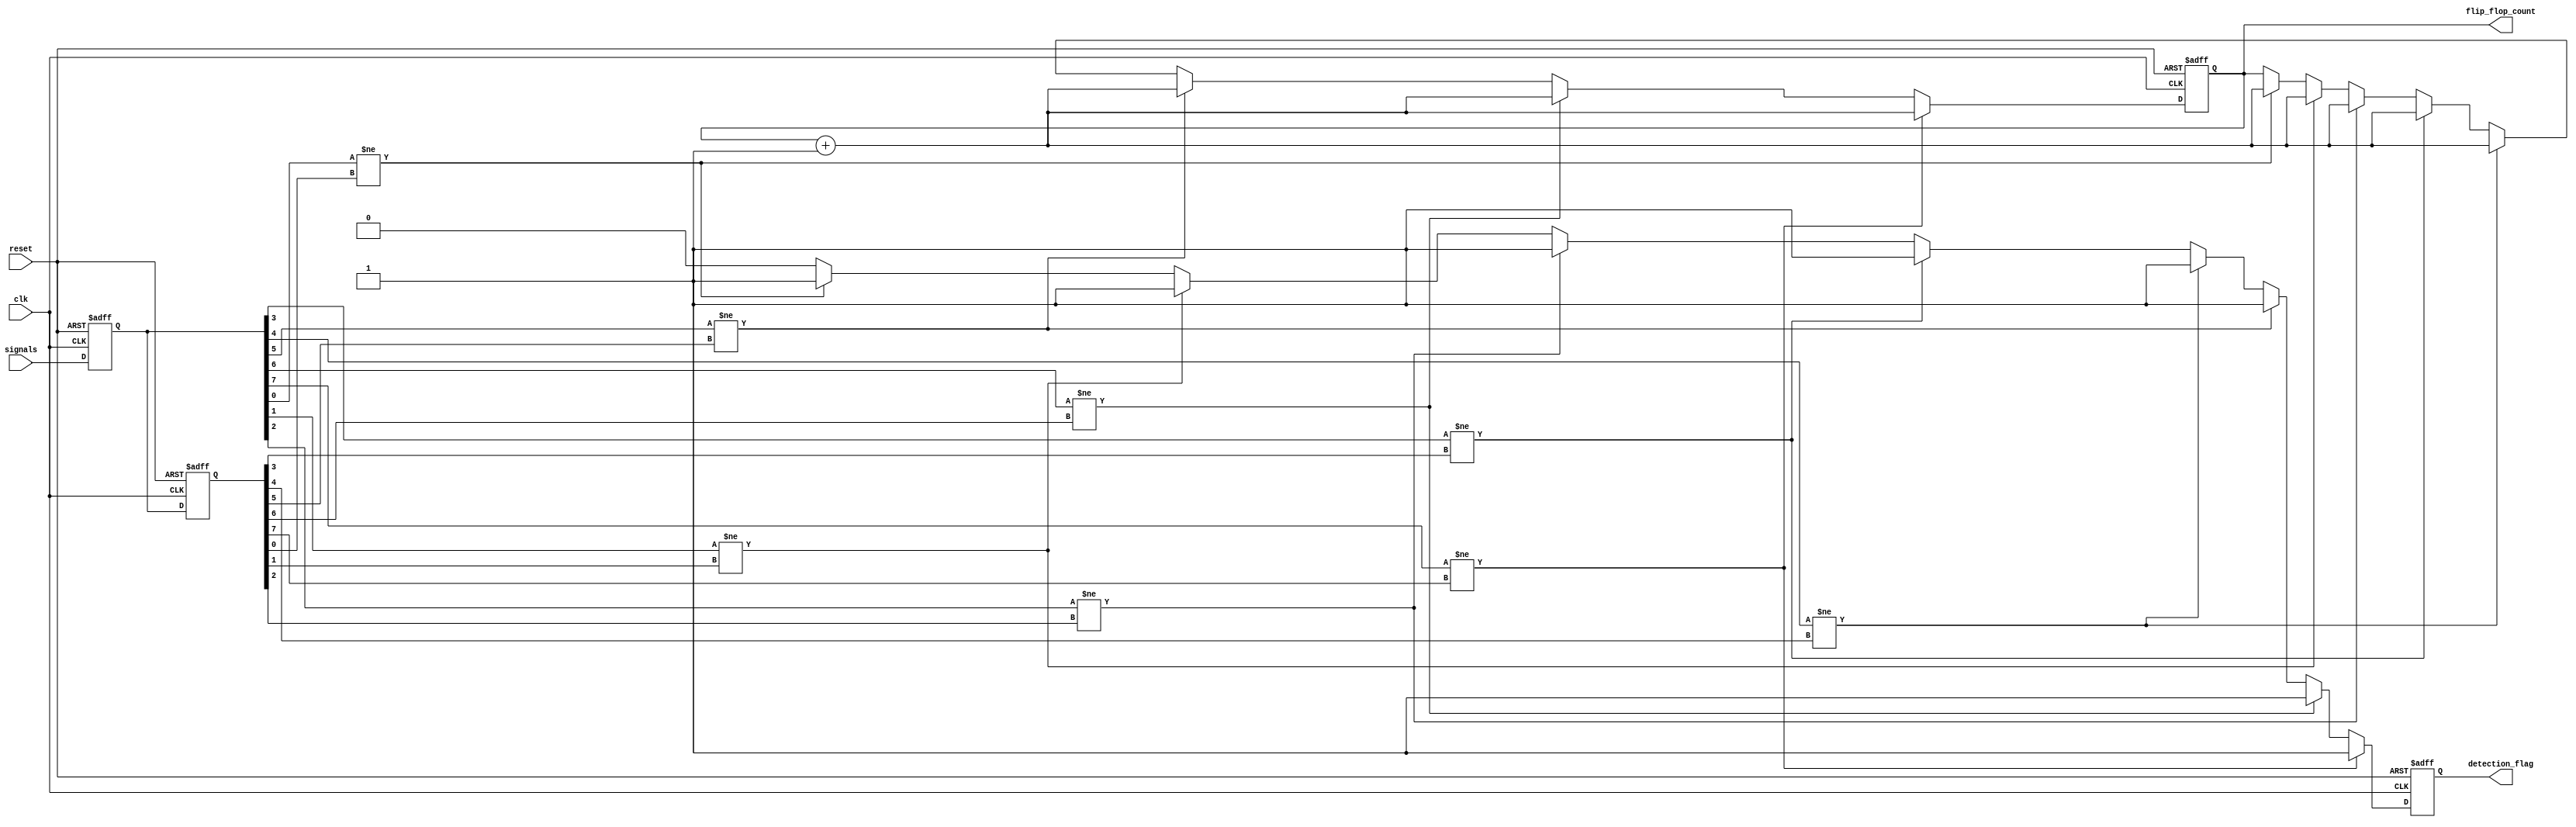
module flip_flop_detector #(
    parameter NUM_SIGNALS = 8,  // Number of signals to monitor
    parameter MEMORY_DEPTH = 2   // Number of memory blocks
)(
    input wire clk,               // Clock signal
    input wire reset,             // Reset signal
    input wire [NUM_SIGNALS-1:0] signals,  // Input signals
    output reg [31:0] flip_flop_count,      // Count of detected flip-flops
    output reg detection_flag      // Flag indicating detection
);

    // Memory blocks to store previous and current states
    reg [NUM_SIGNALS-1:0] mem_block [0:MEMORY_DEPTH-1];

    integer i;

    // Initialize the detector
    always @(posedge clk or posedge reset) begin
        if (reset) begin
            flip_flop_count <= 0;
            detection_flag <= 0;
            // Clear memory blocks
            for (i = 0; i < MEMORY_DEPTH; i = i + 1) begin
                mem_block[i] <= 0;
            end
        end else begin
            // Shift memory blocks
            mem_block[0] <= signals;  // Capture current signals
            for (i = 1; i < MEMORY_DEPTH; i = i + 1) begin
                mem_block[i] <= mem_block[i-1];  // Cascade memory
            end

            // Detection logic
            detection_flag <= 0; // Reset detection flag for this cycle
            for (i = 0; i < NUM_SIGNALS; i = i + 1) begin
                // Check for flip-flop behavior: current state != previous state
                if (mem_block[0][i] != mem_block[1][i]) begin
                    detection_flag <= 1; // Set flag if a flip-flop is detected
                    flip_flop_count <= flip_flop_count + 1; // Increment count
                end
            end
        end
    end
endmodule